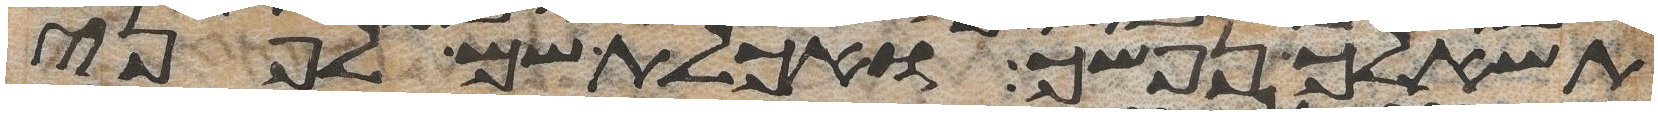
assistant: תשאלך נפשך ואכלת שם לפני